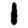
Digit: 1